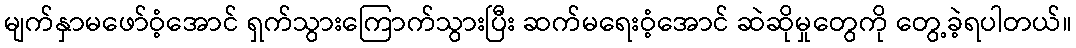
မျက်နှာမဖော်ဝံ့အောင် ရှက်သွားကြောက်သွားပြီး ဆက်မရေးဝံ့အောင် ဆဲဆိုမှုတွေကို တွေ့ခဲ့ရပါတယ်။